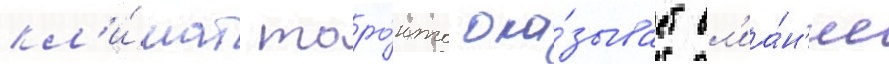
кл'и́мат торо́нто ока́зывает вл'иа́н'ие